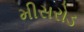
મીસરોડ